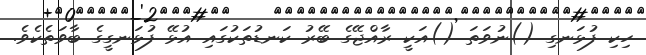
ހިކި ފުޅަނގި ()ނުވަތަ ()އަކީ ރާއްޖޭގެ ބޭރު ކަނޑުތަކުގައި އުޅޭ ފުޅަނގީގެ ބާވަތެކެވެ.